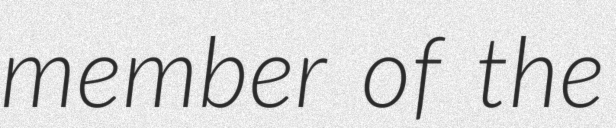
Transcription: member of the